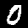
Label: 0